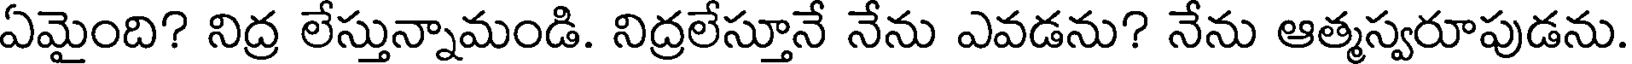
ఏమైంది? నిద్ర లేస్తున్నామండి. నిద్రలేస్తూనే నేను ఎవడను? నేను ఆత్మస్వరూపుడను